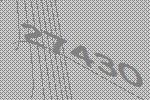
27430